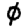
Digit: 0